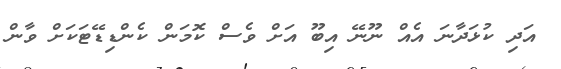
އަދި ކުޅަދާނަ އެއް ނޫނޭ އިބޫ އަށް ވެސް ކޮމަން ކެންޑިޑޭޓަކަށް ވާން